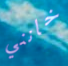
خانني